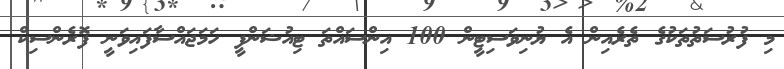
މި ފުރުސަތުތަކުގެ ތެރެއިން އެ ޔުނިވަސިޓީން 100 އިންސައްތަ ޓިއުޝަންފީ ހަމަޖައްސާފައިވަނީ ފޮރެންސިކް